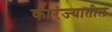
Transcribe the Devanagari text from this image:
कारंज्यातील